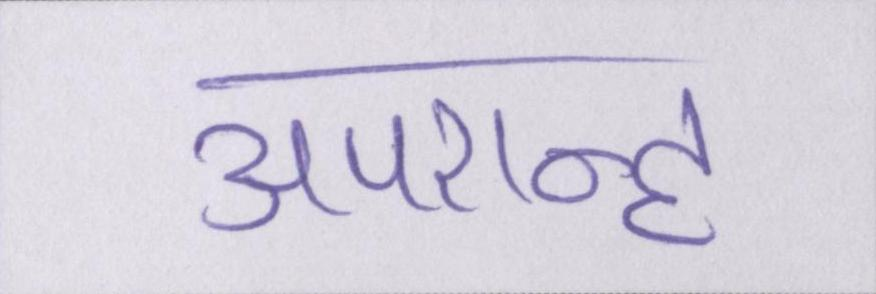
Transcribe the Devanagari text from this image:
अपरान्ह